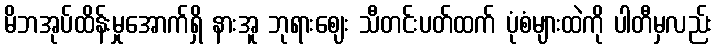
မိဘအုပ်ထိန်းမှုအောက်ရှိ နားအူ ဘုရားဈေး သီတင်းပတ်ထက် ပုံစံများထဲကို ပါတီမှလည်း